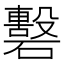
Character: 𥖳